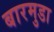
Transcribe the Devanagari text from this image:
बारमुडा